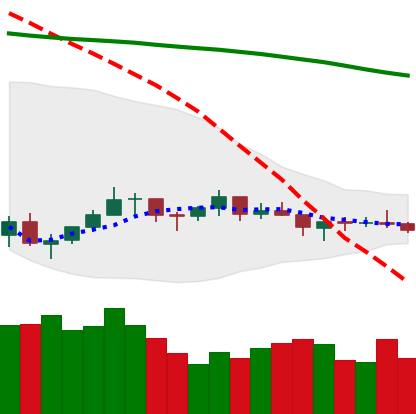
Ticker: LTC-USD
Chart end date: 2021-07-13
Forward return: -8.993%
Label: down_7plus